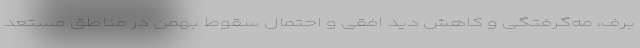
برف، مه‌گرفتگی و کاهش دید افقی و احتمال سقوط بهمن در مناطق مستعد